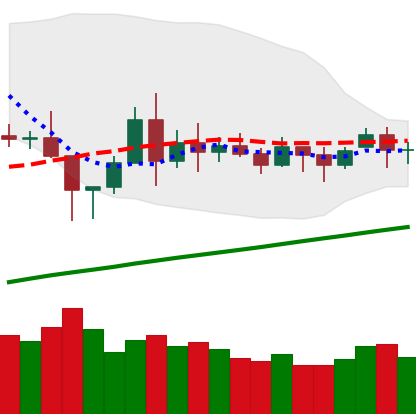
Ticker: BNB-USD
Chart end date: 2020-11-19
Forward return: 20.321%
Label: up_7plus